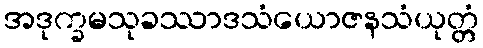
အဒုက္ခမသုခဿာဒသံယောဇနသံယုတ္တံ